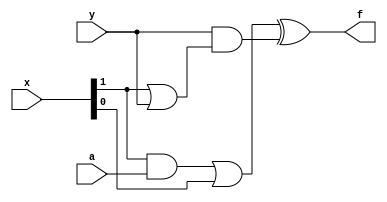
module Golev_IVT_22_Lab_1_1 (
	input a, y, 		//  2,3,4  
	input [1:0] x,		//     
	output f
);

assign f = (x[1] & a | x[0]) ^ y & (x[1] | y);

endmodule	//   module  endmodule
				//